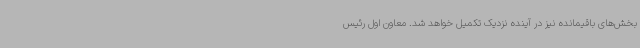
بخش‌های باقیمانده نیز در آینده نزدیک تکمیل خواهد شد. معاون اول رئیس